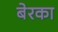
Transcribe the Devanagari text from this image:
बेरका